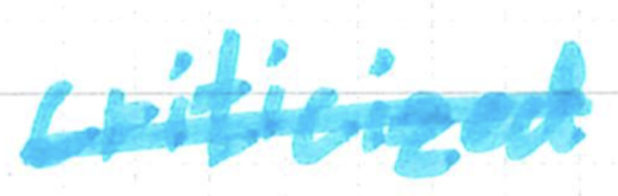
Text: criticized
Cross-out: single-line
Writing tool: marker